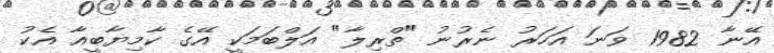
އޭނާ 1982 ވަނަ އަހަރު ނެރުނު "ތްރިލާ" އަލްބަމަކީ އޭގެ ކާމިޔާބީއާ އެކު